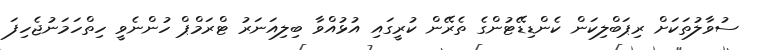
ސުވާލުތަކަށް ރިޕަބްލިކަން ކެންޑިޑޭޓުންގެ ތެރޭން ކުރީގައި އުޅުއްވާ ބިލިއަނަރު ޓްރަމްޕް ހުންނެވީ ހިތްހަމަނުޖެހިފަ